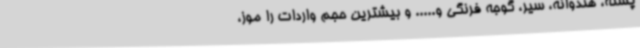
پسته، هندوانه، سیر، گوجه فرنگی و..... و بیشترین حجم واردات را موز،